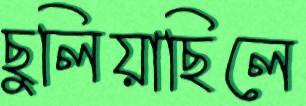
ছুলিয়াছিলে